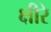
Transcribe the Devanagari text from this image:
क्षीरे